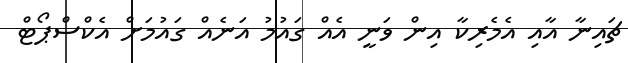
ޗައިނާ އާއި އެމެރިކާ އިން ވަނީ އެއް ގައުމު އަނެއް ގައުމަށް އެކްސްޕޯޓް